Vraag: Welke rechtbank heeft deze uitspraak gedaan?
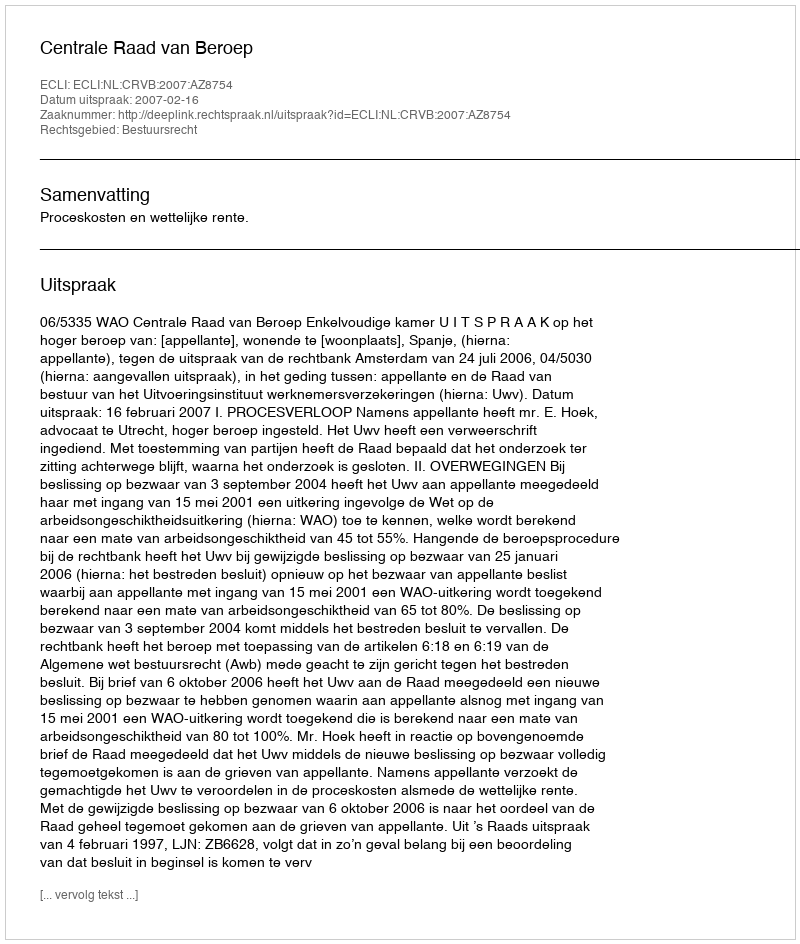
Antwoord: Centrale Raad van Beroep